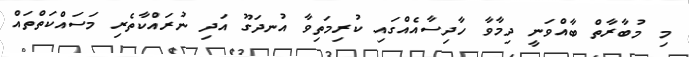
މި މުބާރާތް ބާއްވަނީ ދިމާވާ ހާދިސާއެއްގައި ކުރިމަތިވާ އުނދަގޫ އަދި ނުރައްކާތެރި މަސައްކަތްތައް